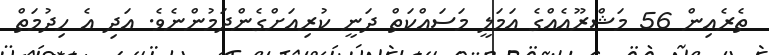
ތެރެއިން 56 މަޝްރޫއެއްގެ އަމަލީ މަސައްކަތް ދަނީ ކުރިއަށްގެންދަމުންނެވެ. އަދި އެ ހިދުމަތް